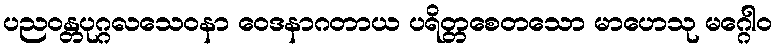
ပညဝန္တပုဂ္ဂလသေဝနာ ဝေဒနာဂတာယ ပရိတ္တစေတသော မာဟေသု မဂ္ဂေါဝ